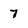
Character: 7